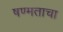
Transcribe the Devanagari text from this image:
षण्मताचा